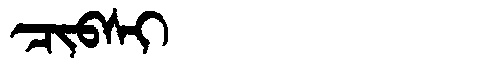
Manchu: ᠴᡳᠪᠰᡳ
Romanization: CIBSI